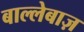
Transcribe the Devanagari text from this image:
बाल्लेबाज़